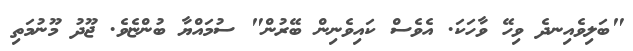
"ބަލިވެއިނދެ ވިހޭ ވާހަކަ. އެވެސް ކައިވެނިން ބޭރުން" ސުމައްޔާ ބުންޏެވެ. ޖޫދު މޫނުމަތި